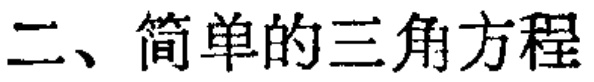
二、简单的三角方程